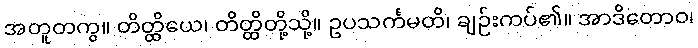
အတူတကွ။ တိတ္ထိယေ၊ တိတ္ထိတို့သို့။ ဥပသင်္ကမတိ၊ ချဉ်းကပ်၏။ အာဒိတောဝ၊